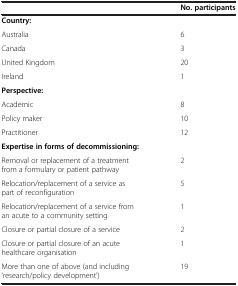
|  | No. participants |
 | --- | --- |
 | Country: |  |
 | Australia | 6 |
 | Canada | 3 |
 | United Kingdom | 20 |
 | Ireland | 1 |
 | Perspective: |  |
 | Academic | 8 |
 | Policy maker | 10 |
 | Practitioner | 12 |
 | Expertise in forms of decommissioning: |  |
 | Removal or replacement of a treatment from a formulary or patient pathway | 2 |
 | Relocation/replacement of a service as part of reconfiguration | 5 |
 | Relocation/replacement of a service from an acute to a community setting | 1 |
 | Closure or partial closure of a service | 2 |
 | Closure or partial closure of an acute healthcare organisation | 1 |
 | More than one of above (and including ‘research/policy development’) | 19 |